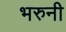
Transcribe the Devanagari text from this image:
भरुनी